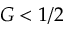
G < 1 / 2